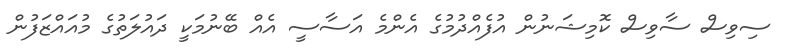
ސިވިސް ސާވިސް ކޮމިޝަނުން އުފެއްދުމުގެ އެންމެ އަސާސީ އެއް ބޭނުމަކީ ދައުލަތުގެ މުއައްޒަފުން